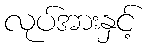
လုပ်အားနှင့်